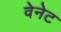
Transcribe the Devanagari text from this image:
वेनेट